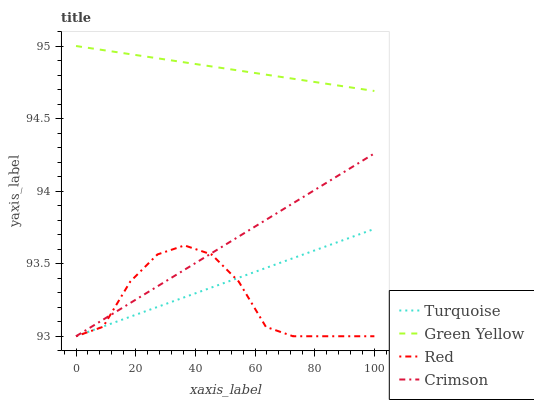
| xaxis_label | Turquoise | Green Yellow | Red | Crimson |
 | --- | --- | --- | --- | --- |
 | 0 | 93 | 95 | 93 | 93 |
 | 9.09 | 93.1 | 95 | 93.1 | 93.1 |
 | 18.2 | 93.1 | 94.9 | 93.4 | 93.2 |
 | 27.3 | 93.2 | 94.9 | 93.6 | 93.3 |
 | 36.4 | 93.3 | 94.9 | 93.6 | 93.5 |
 | 45.5 | 93.3 | 94.9 | 93.6 | 93.6 |
 | 54.5 | 93.4 | 94.8 | 93.4 | 93.7 |
 | 63.6 | 93.5 | 94.8 | 93.1 | 93.8 |
 | 72.7 | 93.5 | 94.8 | 93 | 93.9 |
 | 81.8 | 93.6 | 94.7 | 93 | 94 |
 | 90.9 | 93.7 | 94.7 | 93 | 94.1 |
 | 100 | 93.7 | 94.7 | 93 | 94.3 |